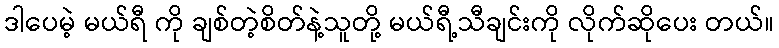
ဒါပေမဲ့ မယ်ရီ ကို ချစ်တဲ့စိတ်နဲ့သူတို့ မယ်ရီ့သီချင်းကို လိုက်ဆိုပေး တယ်။